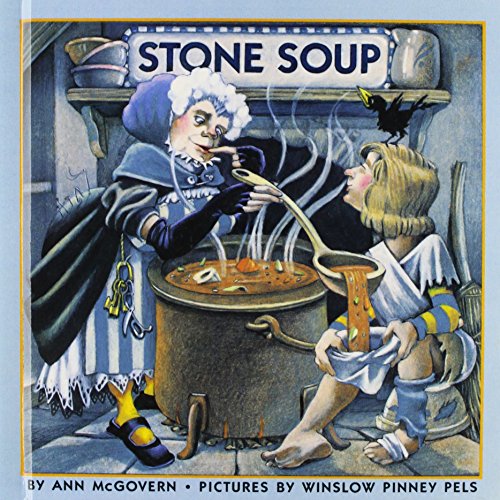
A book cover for Stone Soup; Children's Books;